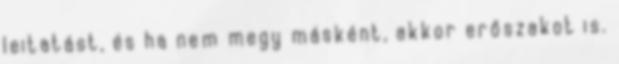
leitatást, és ha nem megy másként, akkor erőszakot is.